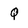
Character: Q